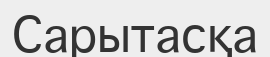
Сарытасқа